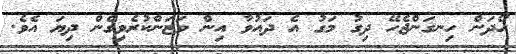
ހޯދަން ހިނގަންޖެހޭ ދިގު މަގު އެ ދައުވާ އިން ވަޒަންކުރެވިގެން ދިޔަ އެވެ.